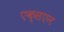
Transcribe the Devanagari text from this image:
एक्सएन